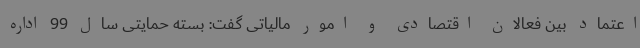
اعتماد بین فعالان اقتصادی و امور مالیاتی گفت: بسته حمایتی سال 99 اداره